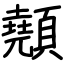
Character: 顤